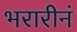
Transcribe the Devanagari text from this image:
भरारीनं